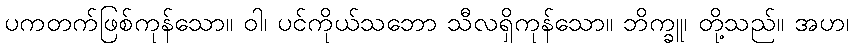
ပကတက်ဖြစ်ကုန်သော။ ဝါ၊ ပင်ကိုယ်သဘော သီလရှိကုန်သော။ ဘိက္ခူ၊ တို့သည်။ အဟ၊